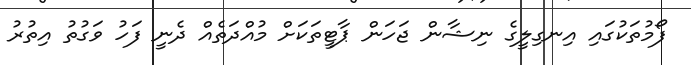
ފޯމުތަކުގައި އިނގިލީގެ ނިޝާން ޖަހަން ޕާޓީތަކަށް މުއްދަތެއް ދެނީ ފަހު ވަގުތު އިތުރު